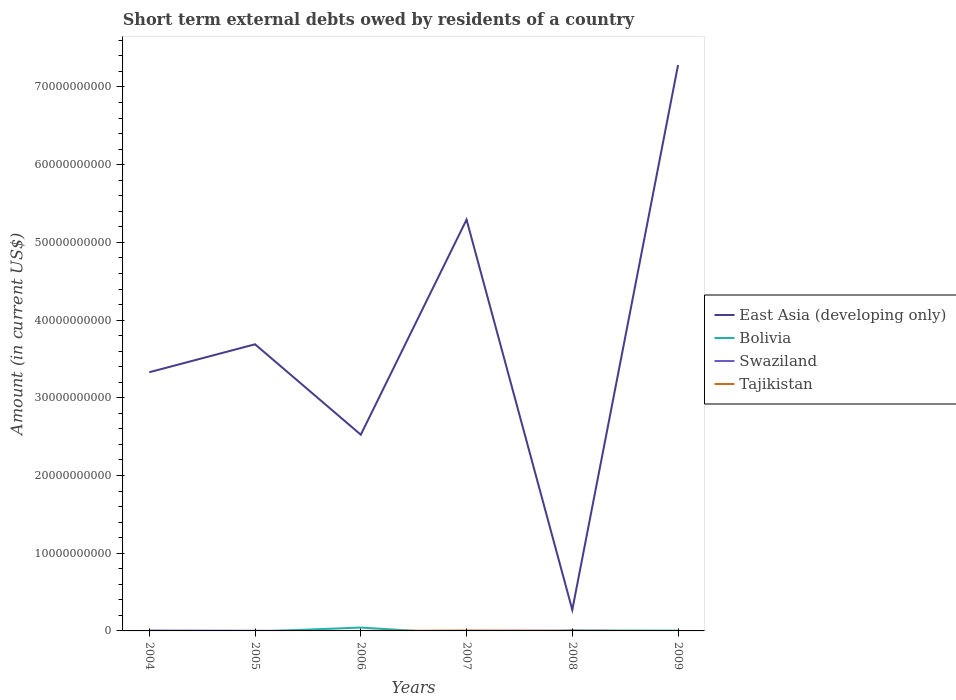
| Years | East Asia (developing only) | Bolivia | Swaziland | Tajikistan |
 | --- | --- | --- | --- | --- |
 | 2004 | 3.33e+10 | -5.96e+07 | 4.37e+07 | 4e+06 |
 | 2005 | 3.69e+10 | -9.06e+07 | 2.1e+07 | -5.76e+07 |
 | 2006 | 2.53e+10 | 4.33e+08 | -3.4e+07 | 3.8e+06 |
 | 2007 | 5.29e+10 | -3.92e+08 | -1e+06 | 4.32e+07 |
 | 2008 | 2.72e+09 | 4.7e+07 | 2.7e+07 | 1.77e+07 |
 | 2009 | 7.28e+10 | 3.44e+07 | -5.5e+07 | -1.58e+07 |